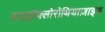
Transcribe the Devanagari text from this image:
हाइड्रोक्लोरोथियाज़ाइड